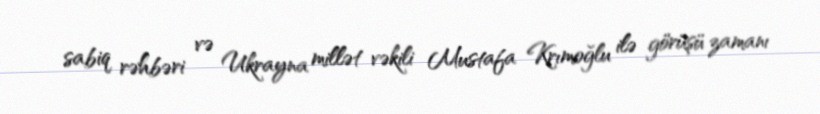
sabiq rəhbəri və Ukrayna millət vəkili Mustafa Krımoğlu ilə görüşü zamanı